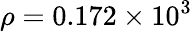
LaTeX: \rho=0.172\times 10^{3}